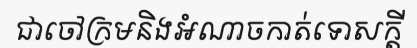
ជាចៅក្រមនិងអំណាចកាត់ទោសក្តី